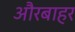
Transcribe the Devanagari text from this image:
औरबाहर